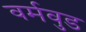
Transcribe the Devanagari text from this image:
वर्मवुड